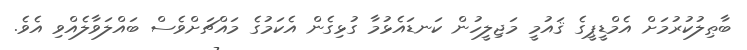
ބާޠިލުކުރުމަށް އެމްޑީޕީގެ ޤައުމީ މަޖިލީހުން ކަނޑައެޅުމާ ގުޅިގެން އެކަމުގެ މައްޗަށްވެސް ބައްލަވާލެއްވި އެވެ.